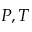
P , T